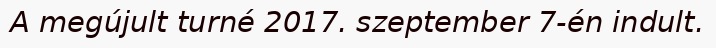
A megújult turné 2017. szeptember 7-én indult.